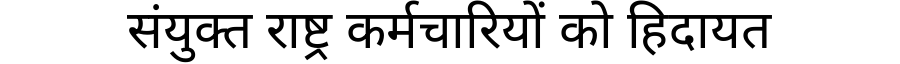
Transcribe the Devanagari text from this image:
संयुक्त राष्ट्र कर्मचारियों को हिदायत